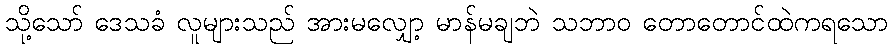
သို့သော် ဒေသခံ လူများသည် အားမလျှော့ မာန်မချဘဲ သဘာဝ တောတောင်ထဲကရသော